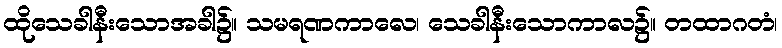
ထိုသေခါနီးသောအခါ၌။ သမရဏကာလေ၊ သေခါနီးသောကာလ၌။ တထာဂတံ၊